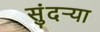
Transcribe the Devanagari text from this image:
सुंदर्‍या